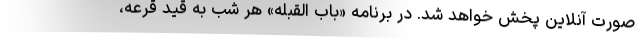
صورت آنلاین پخش خواهد شد. در برنامه «باب القبله» هر شب به قید قرعه،